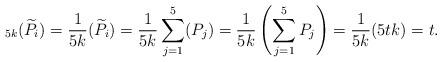
LaTeX: \begin{align*}_{5k}(\widetilde{P}_i)=\frac{1}{5k}(\widetilde{P}_i)= \frac{1}{5k}\sum_{j=1}^5(P_j) = \frac{1}{5k}\left(\sum_{j=1}^5 P_j \right) =\frac{1}{5k}(5tk)=t.\end{align*}